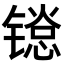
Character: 𬭱